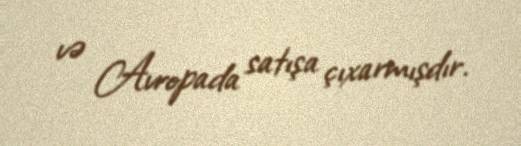
və Avropada satışa çıxarmışdır.